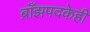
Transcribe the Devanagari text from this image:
ब्राँझपदकेही